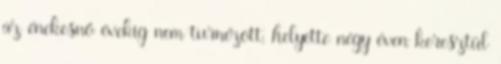
az énekesnő évekig nem turnézott, helyette négy éven keresztül